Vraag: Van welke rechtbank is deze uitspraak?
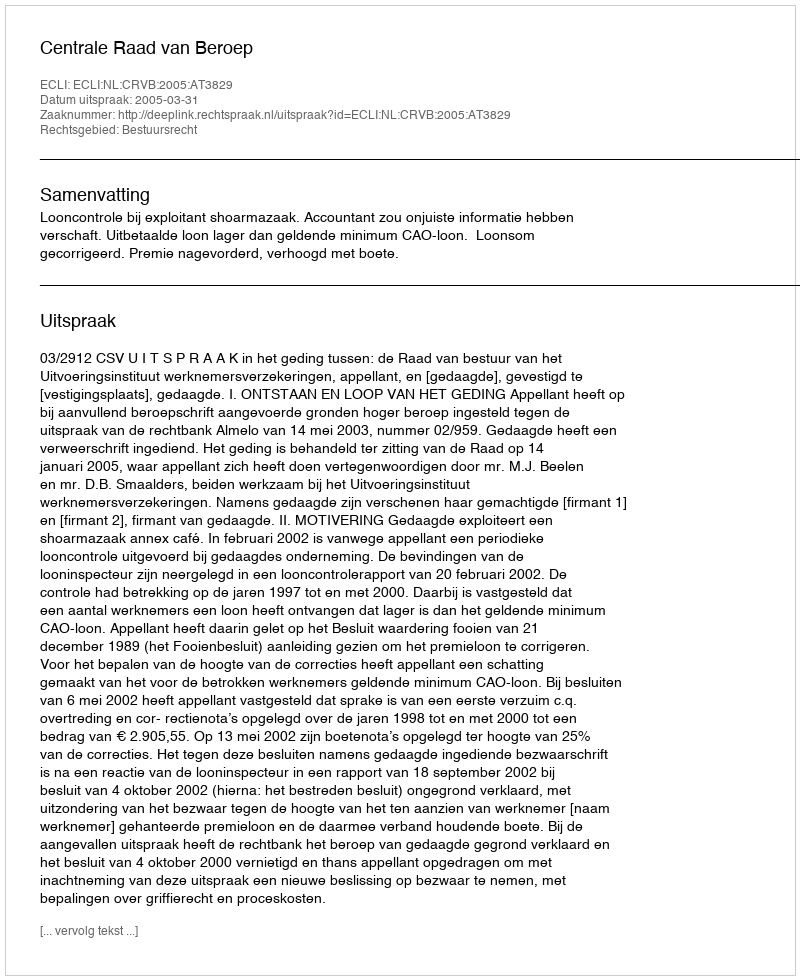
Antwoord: Centrale Raad van Beroep